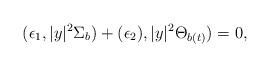
LaTeX: \begin{align*}(\epsilon_{1},|y|^{2}\Sigma_{b})+(\epsilon_{2}),|y|^{2}\Theta_{b(t)})=0,\end{align*}